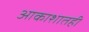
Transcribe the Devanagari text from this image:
आकाशातही